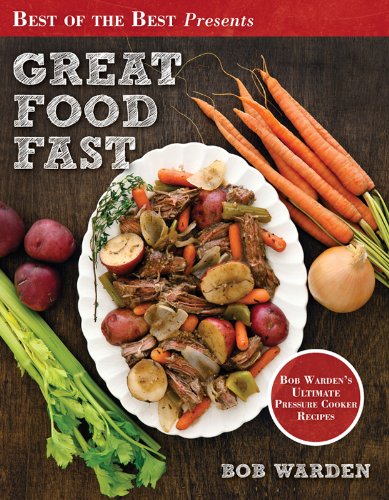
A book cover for Great Food Fast (Best of the Best Presents) Bob Warden's Ultimate Pressure Cooker Recipes; Bob Warden; Cookbooks, Food & Wine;